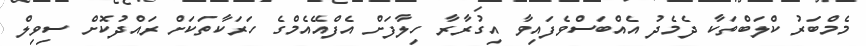
މެމްބަރު ކްލަބްތަކާ ދެމެދު އެއްބަސްވެފައިވާ އިގުރާރާ ހިލާފަށް އެފްއޭއެމްގެ ހަރަކާތަކަށް ރައްދުކޮށް ސިވިލް